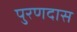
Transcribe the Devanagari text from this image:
पुरणदास